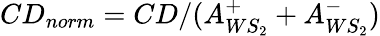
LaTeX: CD_{norm}=CD/(A_{WS_{2}}^{+}+A_{WS_{2}}^{-})